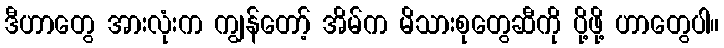
ဒီဟာတွေ အားလုံးက ကျွန်တော့် အိမ်က မိသားစုတွေဆီကို ပို့ဖို့ ဟာတွေပါ။